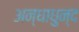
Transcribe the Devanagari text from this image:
अन्धाधुन्द